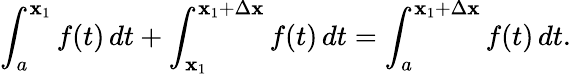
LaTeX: \int_{a}^{\mathbf{x}_{1}}f(t)\, dt+\int_{\mathbf{x}_{1}}^{\mathbf{x}_{1}+\Delta\mathbf{x}}f(t)\, dt=\int_{a}^{\mathbf{x}_{1}+\Delta\mathbf{x}}f(t)\, dt.